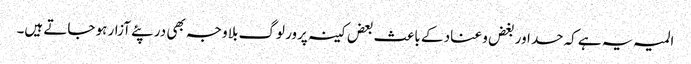
المیہ یہ ہے کہ حسد اور بغض و عناد کے باعث بعض کینہ پرور لوگ بلا وجہ بھی در پئے آزار ہو جاتے ہیں۔